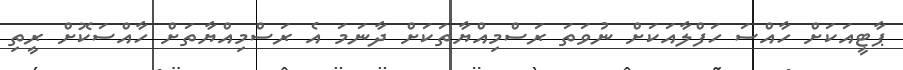
ޕާޓީއަކަށް ހާއްސަ ހަފްލާއަކަށް ނުވަތަ ރަސްމިއްޔާތަކަށް ދާނަމަ އެ ރަސްމިއްޔާތަށް ހާއްސަކޮށް ރީތި